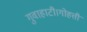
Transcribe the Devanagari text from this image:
गुवाहाटी।गोहत्ती